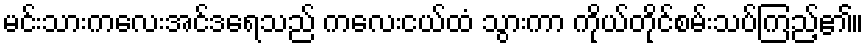
မင်းသားကလေးအင်ဒရေသည် ကလေးငယ်ထံ သွားကာ ကိုယ်တိုင်စမ်းသပ်ကြည့်၏။